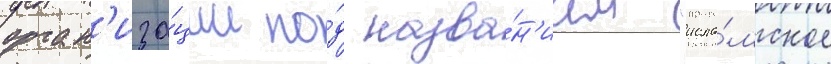
орган'иза́ции по́д назва́н'ием "исла́мское